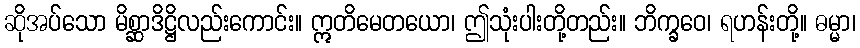
ဆိုအပ်သော မိစ္ဆာဒိဋ္ဌိလည်းကောင်း။ ဣတိမေတယော၊ ဤသုံးပါးတို့တည်း။ ဘိက္ခဝေ၊ ရဟန်းတို့။ ဓမ္မာ၊